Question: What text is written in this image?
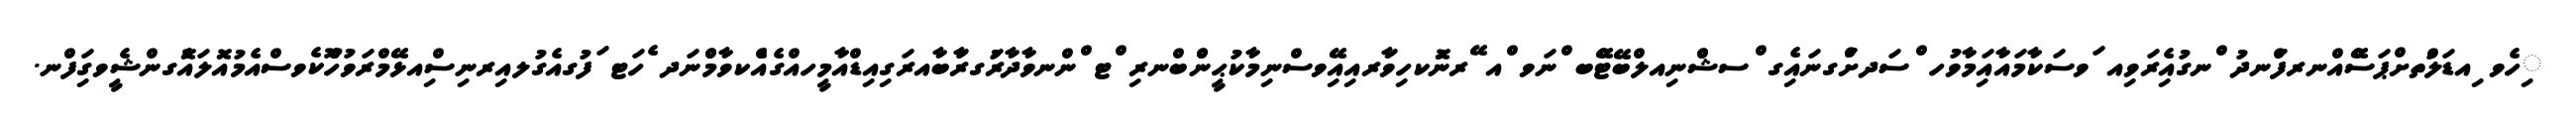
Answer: ިހެވ ިއޑަލްުތށްޕަސްޭއްނރފަްނދު ްނގުއެިރަވިއ ަވސަކާމައާއިަމާވުހ ްސަދށްަގނައިެގ ްސޝްްނިއލްބޭޓްޭބ ްނަވ ްއ ޭރނުޮކހިވަާރއިއޭިވސްނިމާކުޙީންްބްނރި ްޓ ްންނވާދާރަުގރާަބާއރަގިއިޑްއާމީހއްގެއެްކވާމްްނަދ ެހަޓ ަފުގއެގުލއިރނިސްިއޅޭމްރަވުހެޫކެވސްއެމުއޮލައެޮގންޝީެވގަިފްނ.